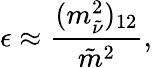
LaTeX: \epsilon\approx\frac{(m_{\tilde{\nu}}^{2})_{12}}{\tilde{m}^{2}},